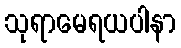
သုရာမေရယပါနာ